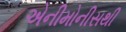
એનીમોનીસથી